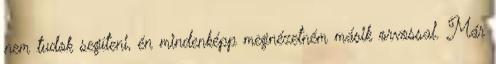
nem tudok segíteni, én mindenképp megnézetném másik orvossal. Már